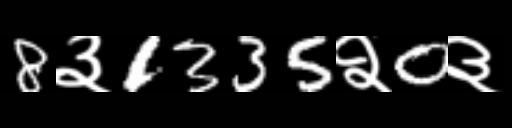
Text: 8३1335२0३